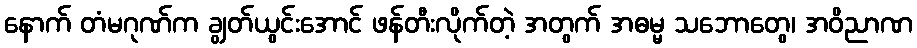
နောက် တံမဂုဏ်က ချွတ်ယွင်းအောင် ဖန်တီးလိုက်တဲ့ အတွက် အဓမ္မ သဘောတွေ၊ အဝိညာဏ